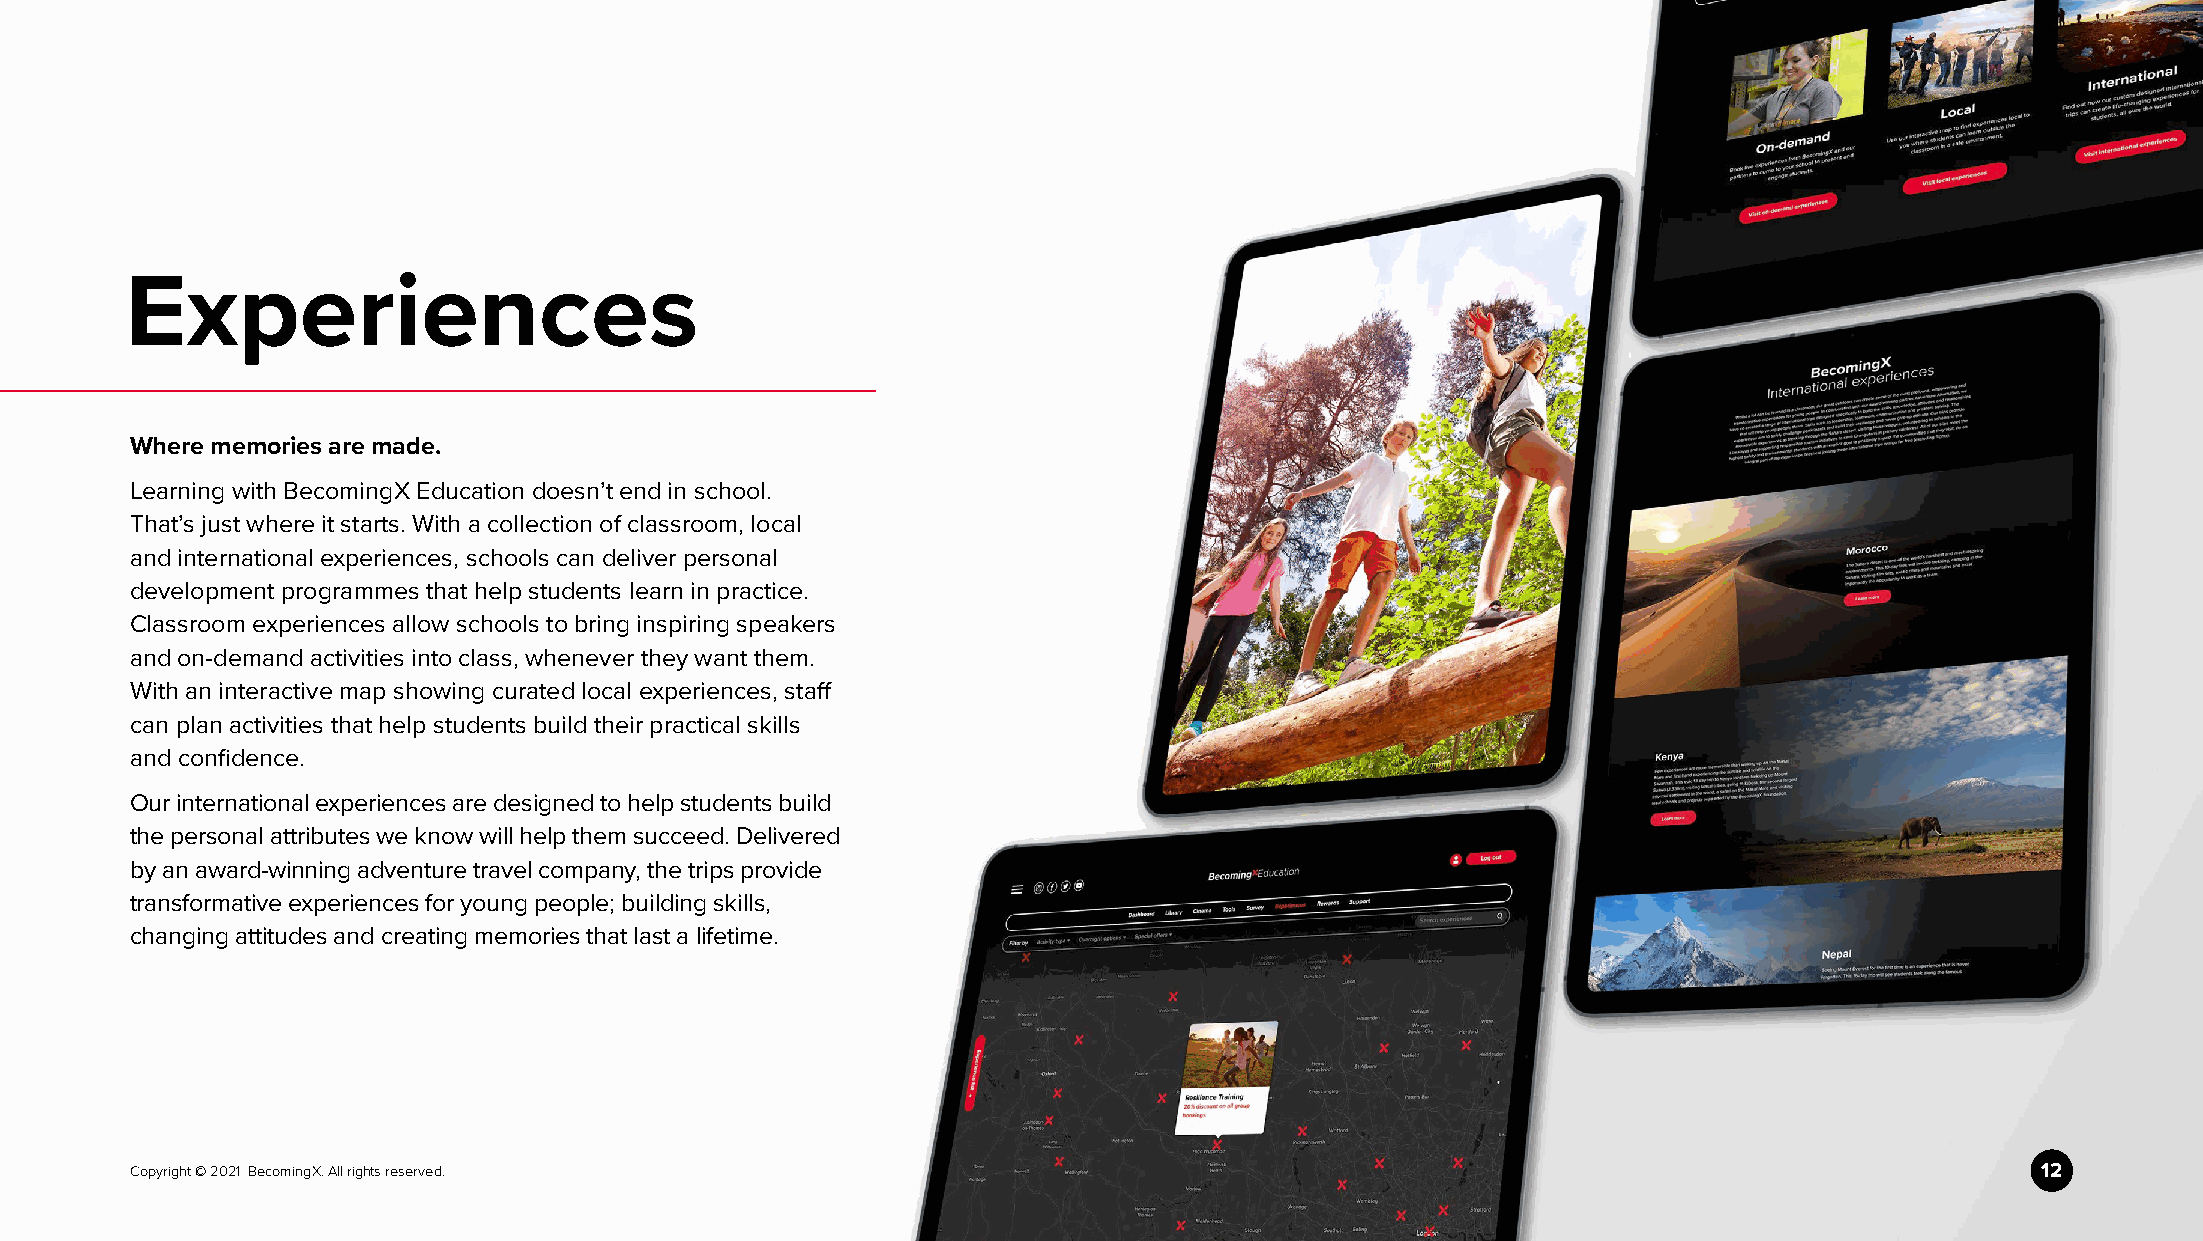
Experiences
 Where memories are made.
 Learning with BecomingX Education doesn’t end in school.
 That’s just where it starts. With a collection of classroom, local
 and international experiences, schools can deliver personal
 development programmes that help students learn in practice.
 Classroom experiences allow schools to bring inspiring speakers
 and on-demand activities into class, whenever they want them.
 With an interactive map showing curated local experiences, staff
 can plan activities that help students build their practical skills
 and confidence.
 Our international experiences are designed to help students build
 the personal attributes we know will help them succeed. Delivered
 by an award-winning adventure travel company, the trips provide
 transformative experiences for young people; building skills,
 changing attitudes and creating memories that last a lifetime.
 Copyright © 2021 BecomingX. All rights reserved.                                                                              12